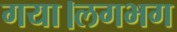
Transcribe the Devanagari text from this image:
गया।लगभग